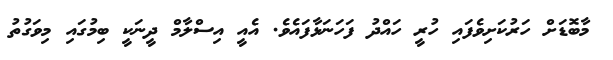
މާބޮޑަށް ހަރުކަށިވެފައި ހުރީ ހައްދު ފަހަނަޅާފައެވެ. އެއީ އިސްލާމް ދީނަކީ ބިމުގައި މިވަގުތު